Document type: Sale
Year: 1423
Scribe: Joan Franc
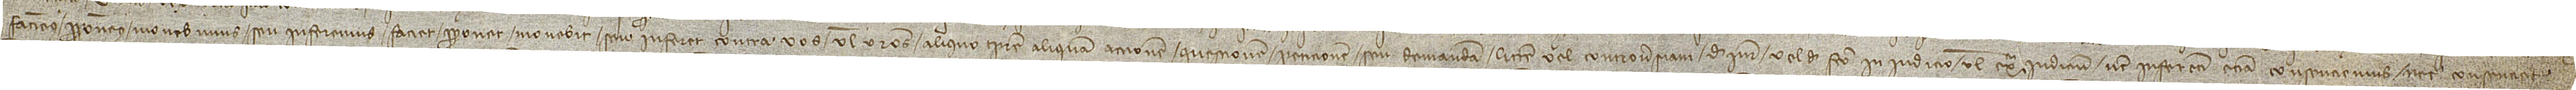
faciemus, proponemus, monebimus seu inferemus, faciet, proponet, monebit seu inferet contra vos vel vestros aliquo tempore aliquam accionem, questionem, peticionem seu demandam, littem vel controversiam, de iure vel de facto, in iudicio vel extra iudidicium, nec inferenti etiam consenciemus nec consentire,